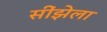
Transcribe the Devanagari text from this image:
सींझेला